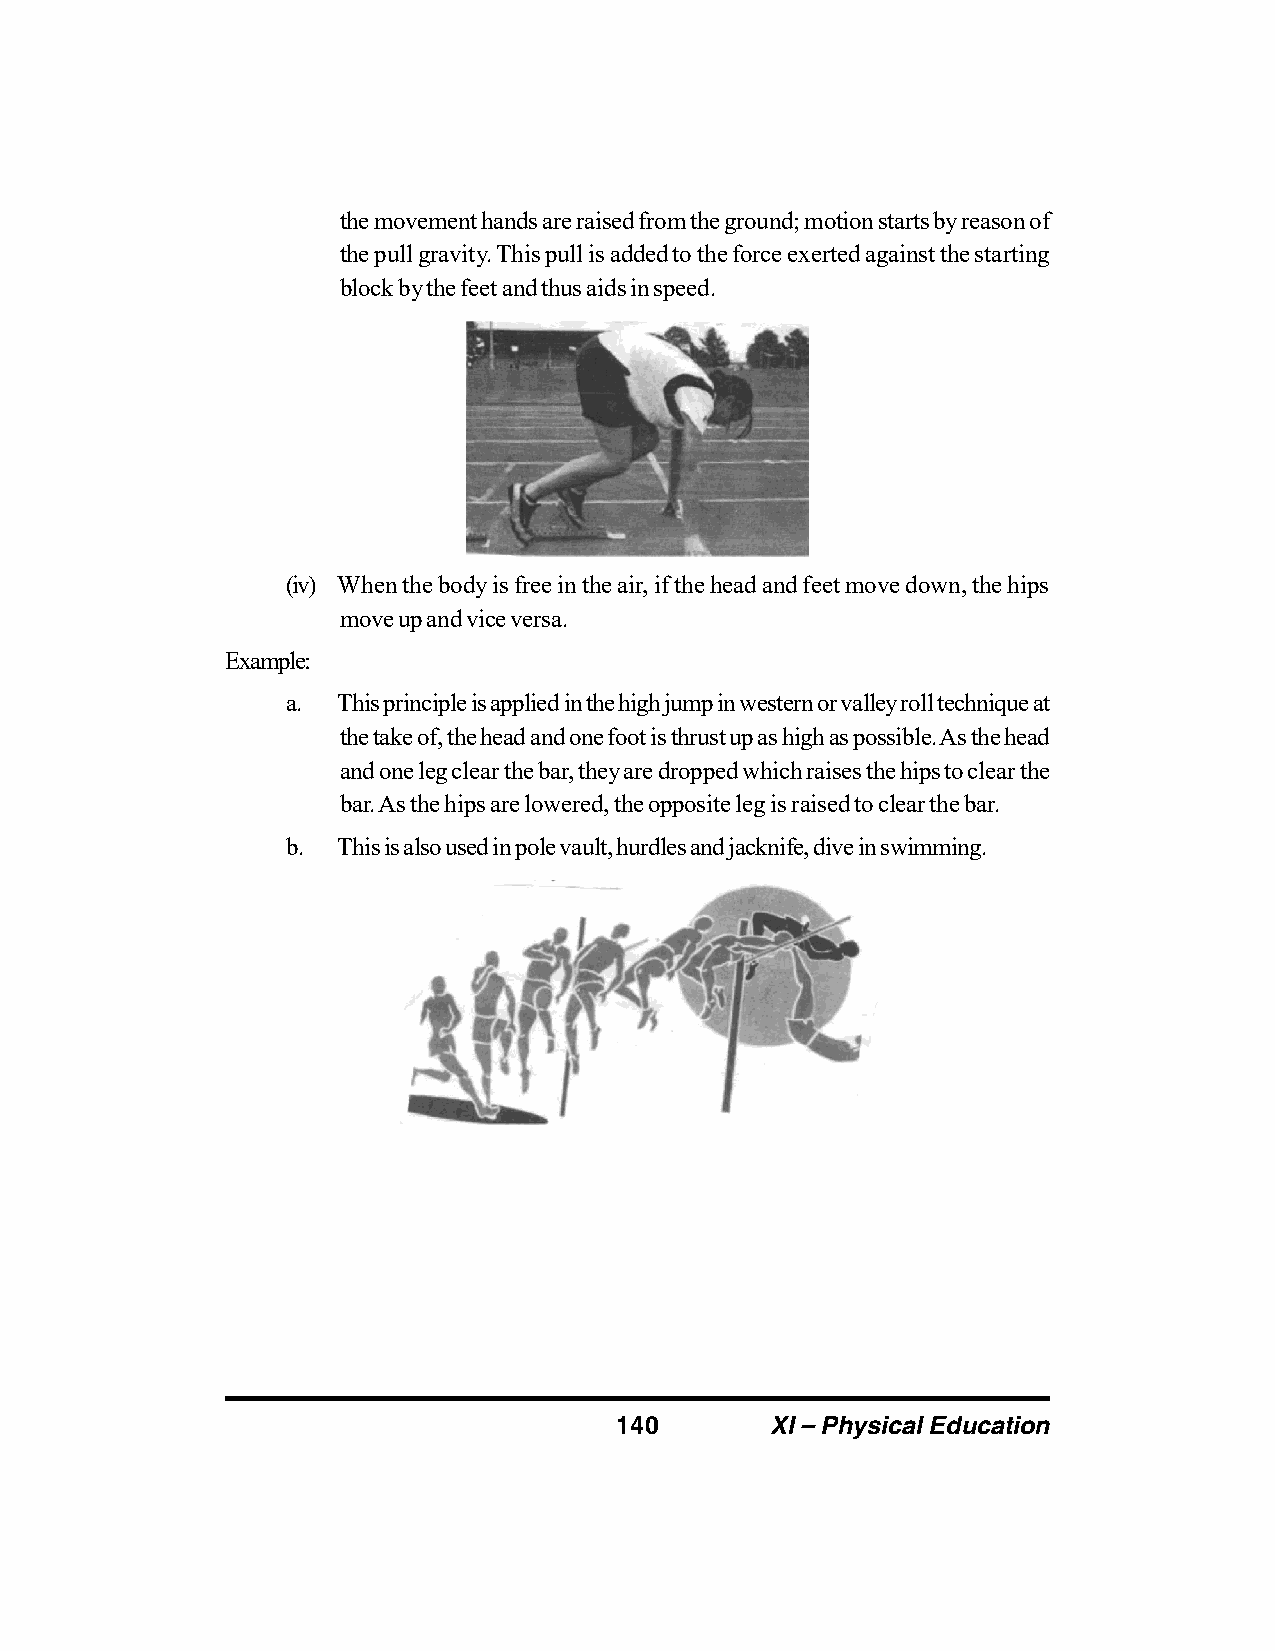
the movement hands are raised from the ground; motion starts by reason of
 the pull gravity. This pull is added to the force exerted against the starting
 block by the feet and thus aids in speed.
 (iv) When the body is free in the air, if the head and feet move down, the hips
 move up and vice versa.
 Example:
 a. This principle is applied in the high jump in western or valley roll technique at
 the take of, the head and one foot is thrust up as high as possible. As the head
 and one leg clear the bar, they are dropped which raises the hips to clear the
 bar. As the hips are lowered, the opposite leg is raised to clear the bar.
 b. This is also used in pole vault, hurdles and jacknife, dive in swimming.
 140       XI – Physical Education